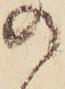
の